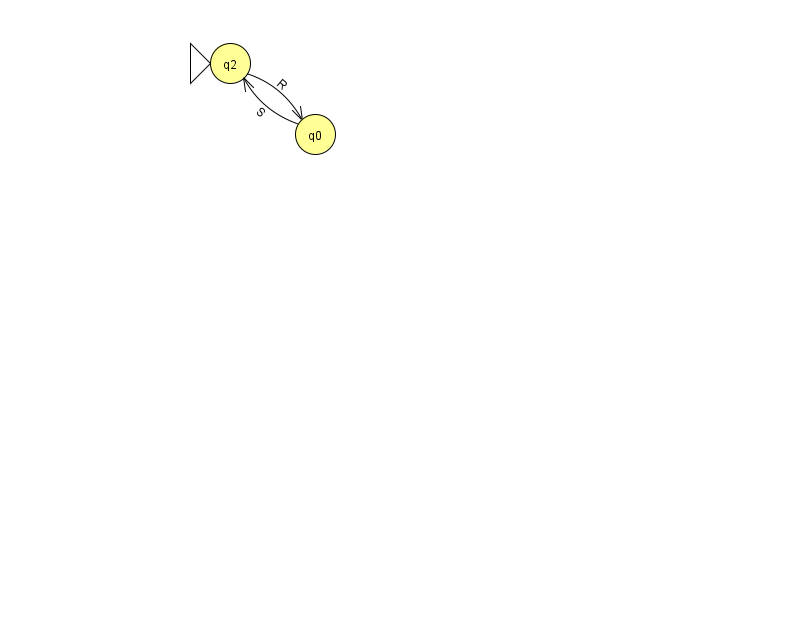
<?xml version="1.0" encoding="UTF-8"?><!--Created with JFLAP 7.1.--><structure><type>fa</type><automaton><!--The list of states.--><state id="0" name="q0"><x>315.0</x><y>121.0</y></state><state id="2" name="q2"><x>230.0</x><y>50.0</y><initial/></state><!--The list of transitions.--><transition><from>2</from><to>0</to><read>R</read></transition><transition><from>0</from><to>2</to><read>S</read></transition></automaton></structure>